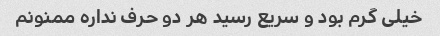
خیلی گرم بود و سریع رسید هر دو حرف نداره ممنونم